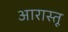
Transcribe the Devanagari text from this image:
आरास्तू